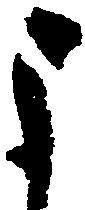
よ